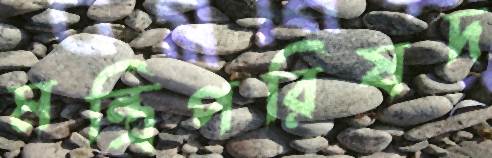
মন্ত্রিপরিষদ